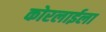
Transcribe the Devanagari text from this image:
कोरलाईला